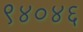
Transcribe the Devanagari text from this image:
९४०४६